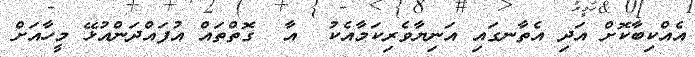
އެއްކިބާކޮށް އަދި އެތާނގައި އަނިޔާވެރިކަމާއެކު  އާ  ގޮތްތައް އުފައްދަންއުޅޭ މީހާއަށް